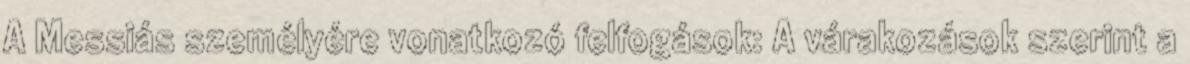
A Messiás személyére vonatkozó felfogások: A várakozások szerint a